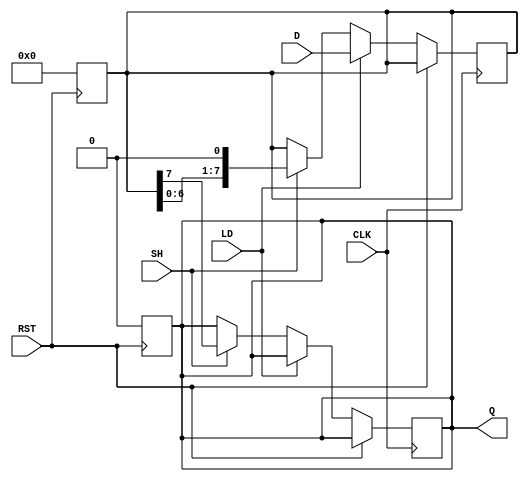
module dynamic_piso_register #(
    parameter WIDTH = 8  // Width of the register (number of parallel input lines)
)(
    input wire [WIDTH-1:0] D,   // Parallel data input
    input wire LD,               // Load control signal
    input wire SH,               // Shift control signal
    input wire CLK,              // Clock signal
    input wire RST,              // Reset control signal
    output reg Q                 // Serial data output
);

    reg [WIDTH-1:0] shift_reg;   // Internal shift register

    // Asynchronous reset
    always @(posedge RST) begin
        shift_reg <= 0;           // Reset the register to 0
        Q <= 0;                   // Reset the output to 0
    end

    // Main operation block
    always @(posedge CLK) begin
        if (RST) begin
            // Do nothing, already reset
        end else if (LD) begin
            // Load data into the shift register
            shift_reg <= D;        // Capture parallel input data
        end else if (SH) begin
            // Shift operation
            Q <= shift_reg[WIDTH-1];  // Output the MSB to Q
            shift_reg <= {shift_reg[WIDTH-2:0], 1'b0}; // Shift left
        end
    end

endmodule